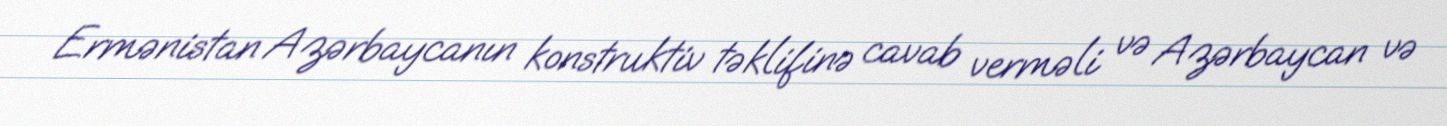
Ermənistan Azərbaycanın konstruktiv təklifinə cavab verməli və Azərbaycan və